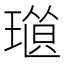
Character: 𤨜